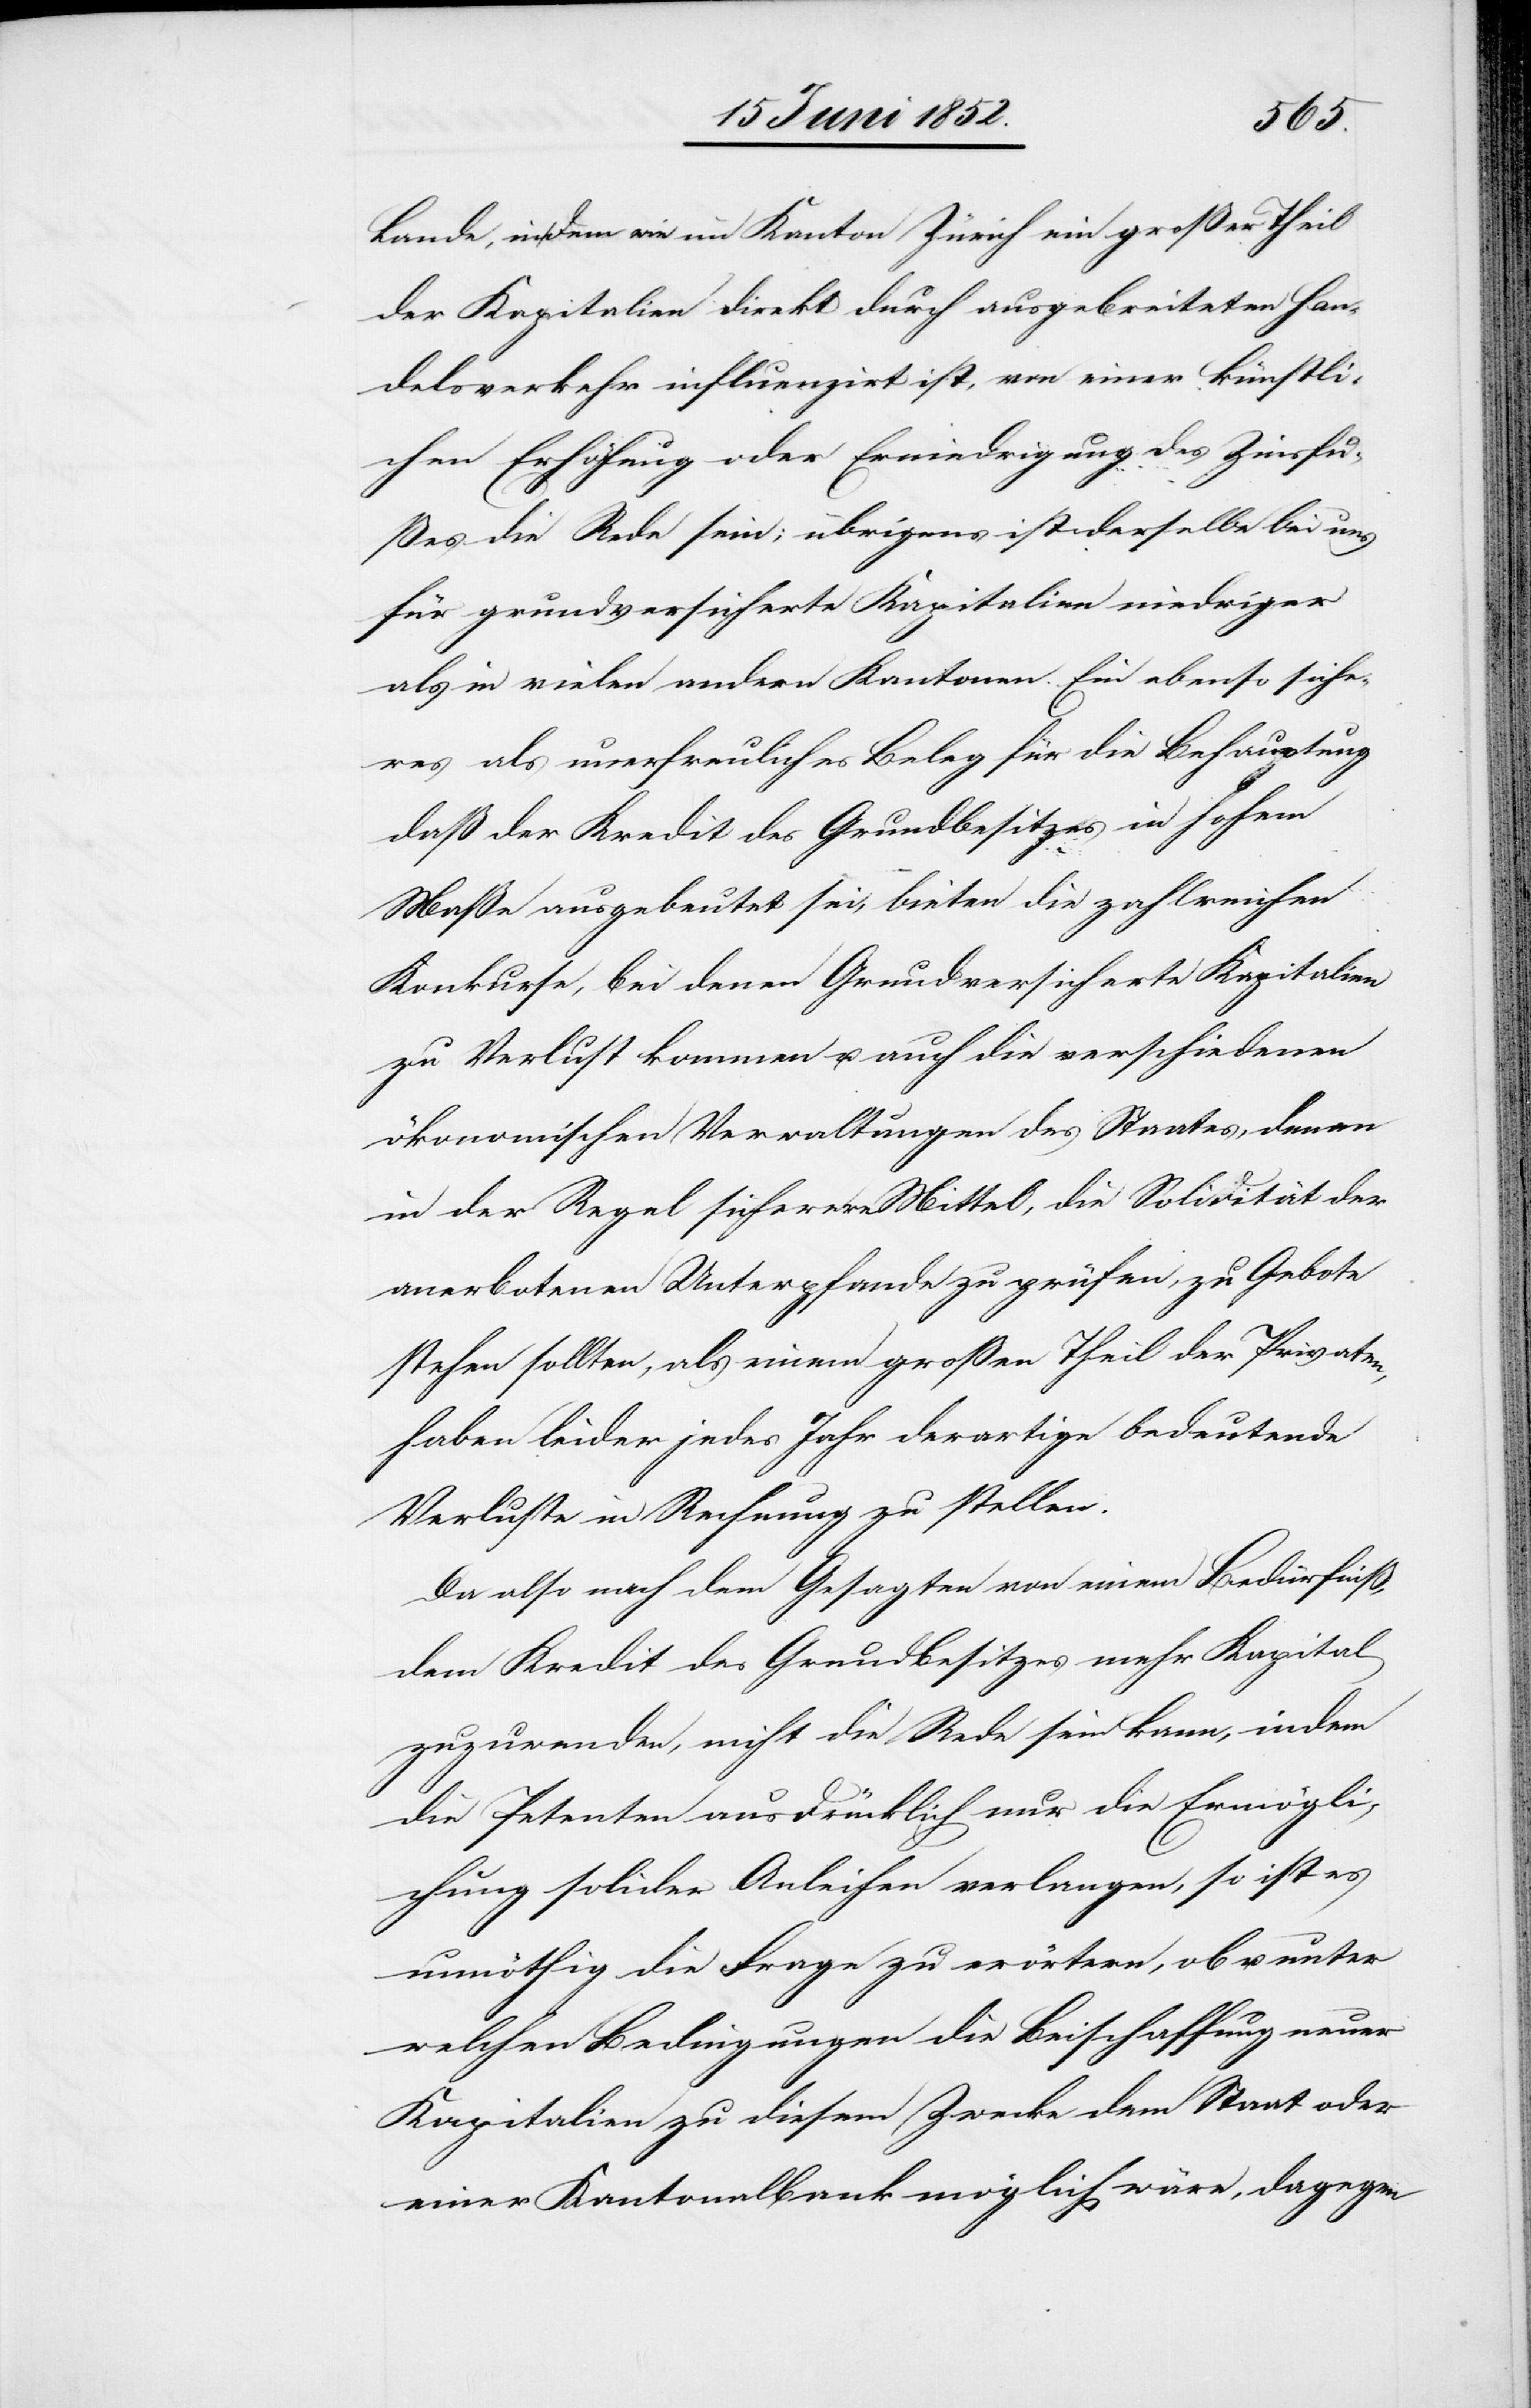
Lande, in dem wie im Kanton Zürich ein großer Theil
der Kapitalien direkt durch ausgebreiteten Han¬
delsverkehr influenzirt ist, von einer künstli¬
chen Erhöhung oder Erniedrigung des Zinsfu¬
ßes die Rede sein; übrigens ist derselbe bei uns
für grundversicherte Kapitalien niedriger
als in vielen andern Kantonen. Ein ebenso siche¬
res als unerfreuliches Beleg für die Behauptung
daß der Kredit des Grundbesitzes in hohem
Maße ausgebeutet sei, bieten die zahlreichen
Konkurse, bei denen Grundversicherte Kapitalien
zu Verlust kommen u. auch die verschiedenen
ökonomischen Verwaltungen des Staates, denen
in der Regel sicherere Mittel, die Solidität der
anerbotenen Unterpfande zu prüfen, zu Gebote
stehen sollten, als einem großen Theil der Privaten,
haben leider jedes Jahr derartige bedeutende
Verluste in Rechnung zu stellen.
Da also nach dem Gesagten von einem Bedürfniß,
dem Kredit des Grundbesitzes mehr Kapital
zuzuwenden, nicht die Rede sein kann, indem
die Petenten ausdrücklich nur die Ermögli¬
chung solider Anleihen verlangen, so ist es
unnöthig die Frage zu erörtern, ob u. unter
welchen Bedingungen die Beischaffung
Kapitalien zu diesem Zwecke dem Staat oder
einer Kantonalbank möglich wäre, dagegen